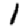
Digit: 1